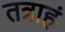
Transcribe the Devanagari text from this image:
तत्राहं